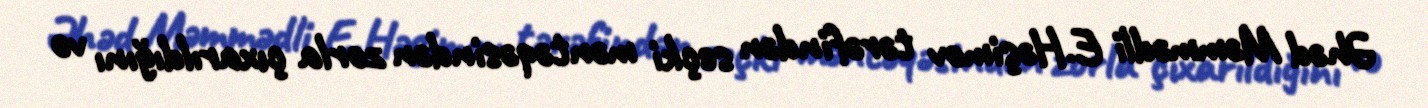
Əhəd Məmmədli E.Həşimov tərəfindən seçki məntəqəsindən zorla çıxarıldığını və